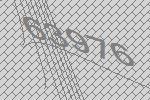
63976